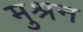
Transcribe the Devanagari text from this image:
मुश्रन